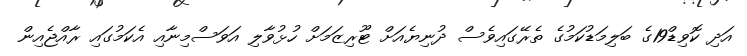
އަދި ކޮވިޑް19ގެ ބަލިމަޑުކަމުގެ ތެރޭގައިވެސް ދުނިޔެއަށް ޓޫރިޒަމަށް ހުޅުވާލި އަވަސްމިނާއި އެކަމުގައި ރާއްޖެއިން